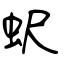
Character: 蚇